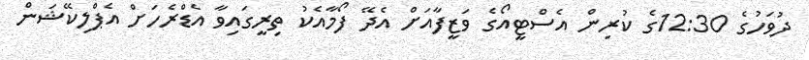
ދުވަހުގެ 12:30ގެ ކުރިން އެސްޓީއޯގެ ވަޒީފާއަށް އެދޭ ފޯމާއެކު ތިރީގައިވާ އެޑްރެހަށް އެޕްލިކޭޝަން